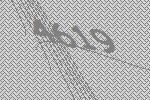
4619